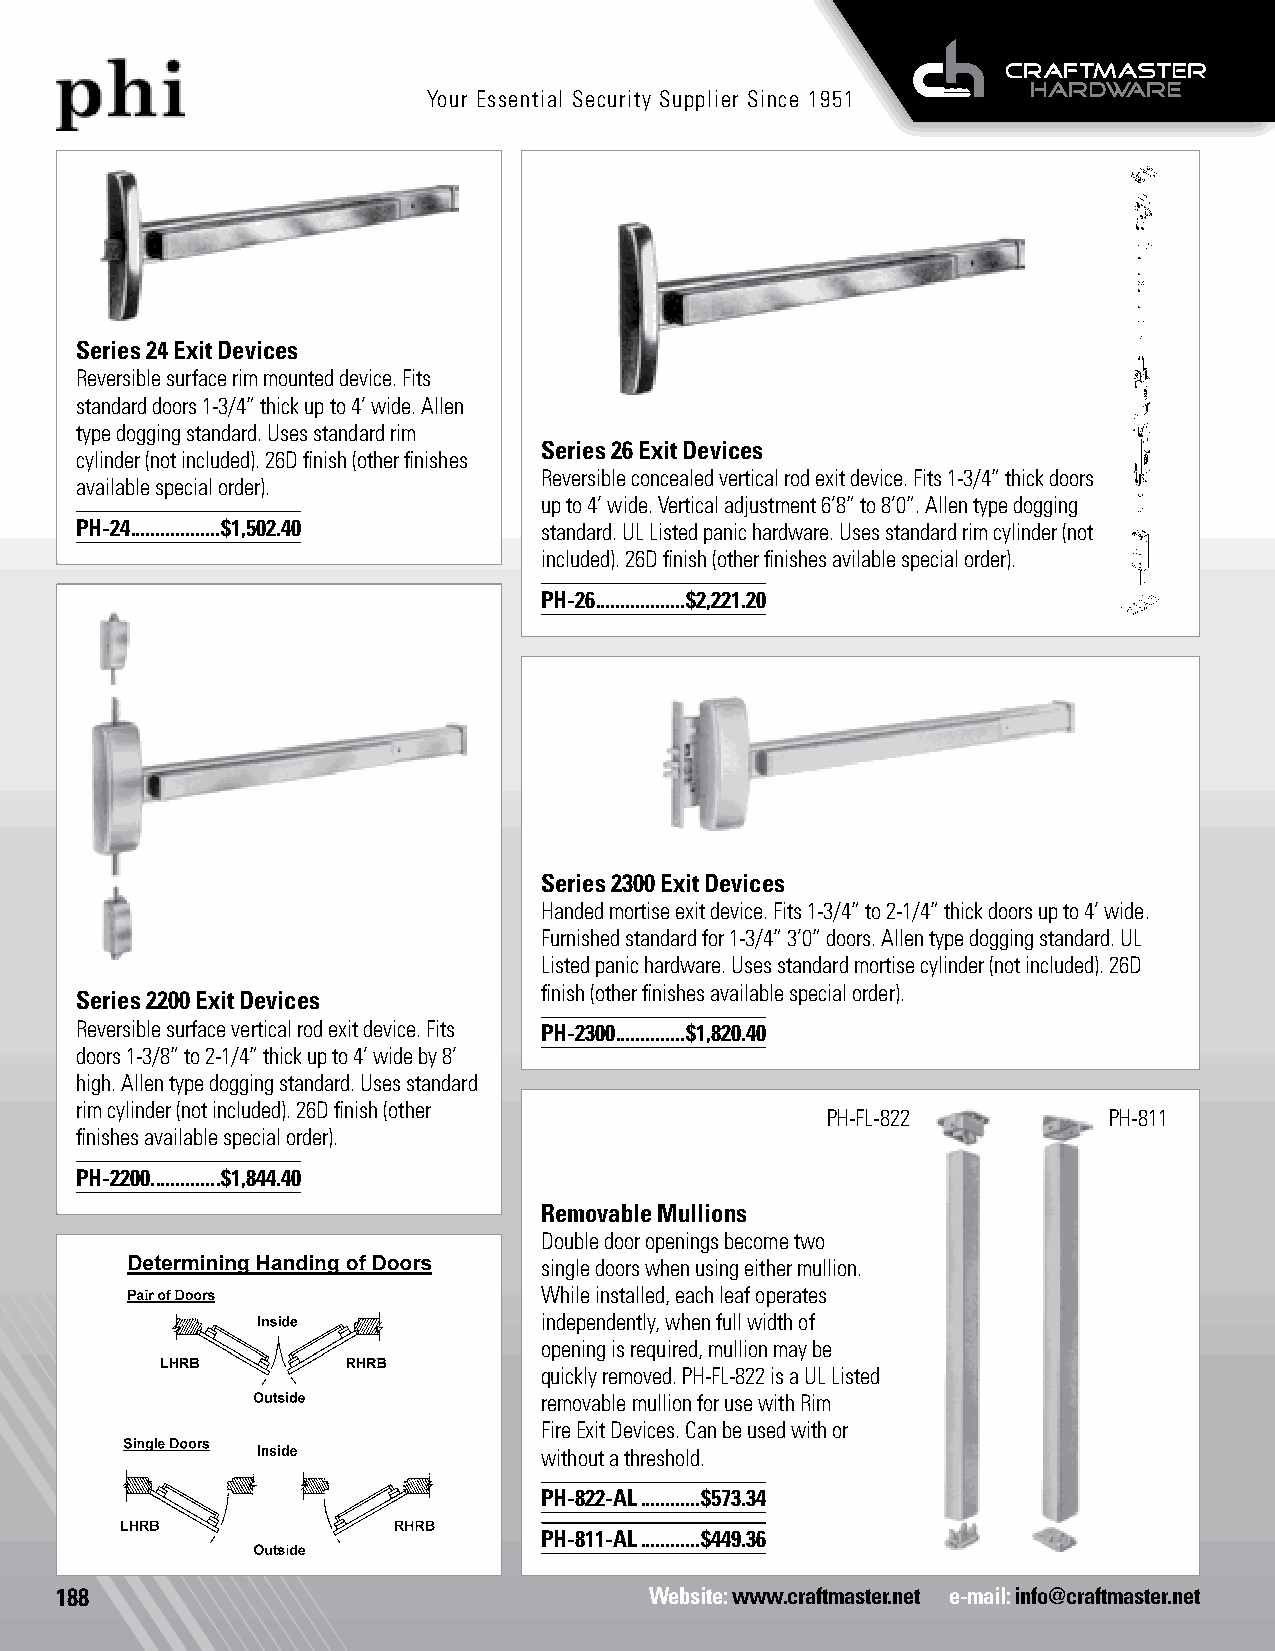
Your Essential Security Supplier Since 1951
 Series 24 Exit Devices
 Reversible surface rim mounted device. Fits
 standard doors 1-3/4” thick up to 4’ wide. Allen
 type dogging standard. Uses standard rim
 Series 26 Exit Devices
 cylinder (not included). 26D finish (other finishes
 Reversible concealed vertical rod exit device. Fits 1-3/4” thick doors
 available special order).
 up to 4’ wide. Vertical adjustment 6’8” to 8’0”. Allen type dogging
 PH-24 ..................$1,502.40 standard. UL Listed panic hardware. Uses standard rim cylinder (not
 included). 26D finish (other finishes avilable special order).
 PH-26 ..................$2,221.20
 Series 2300 Exit Devices
 Handed mortise exit device. Fits 1-3/4” to 2-1/4” thick doors up to 4’ wide.
 Furnished standard for 1-3/4” 3’0” doors. Allen type dogging standard. UL
 Listed panic hardware. Uses standard mortise cylinder (not included). 26D
 finish (other finishes available special order).
 Series 2200 Exit Devices
 Reversible surface vertical rod exit device. Fits PH-2300 ..............$1,820.40
 doors 1-3/8” to 2-1/4” thick up to 4’ wide by 8’
 high. Allen type dogging standard. Uses standard
 rim cylinder (not included). 26D finish (other
 PH-FL-822         PH-811
 finishes available special order).
 PH-2200. .............$1,844.40
 Removable Mullions
 Double door openings become two
 single doors when using either mullion.
 While installed, each leaf operates
 independently, when full width of
 opening is required, mullion may be
 quickly removed. PH-FL-822 is a UL Listed
 removable mullion for use with Rim
 Fire Exit Devices. Can be used with or
 without a threshold.
 PH-822-AL ............$573.34
 PH-811-AL ............$449.36
 188                                    Website: www.craftmaster.net e-mail: info@craftmaster.net